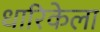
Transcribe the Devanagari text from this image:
धारिकेला